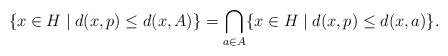
LaTeX: \begin{align*}\{x\in H \mid d(x,p)\leq d(x,A)\}=\bigcap_{a\in A}\{x\in H \mid d(x,p)\leq d(x,a)\}. \end{align*}